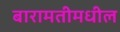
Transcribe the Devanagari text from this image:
बारामतीमधील